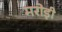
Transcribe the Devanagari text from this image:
मरोड़ी